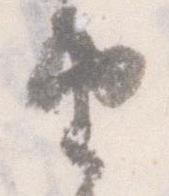
由